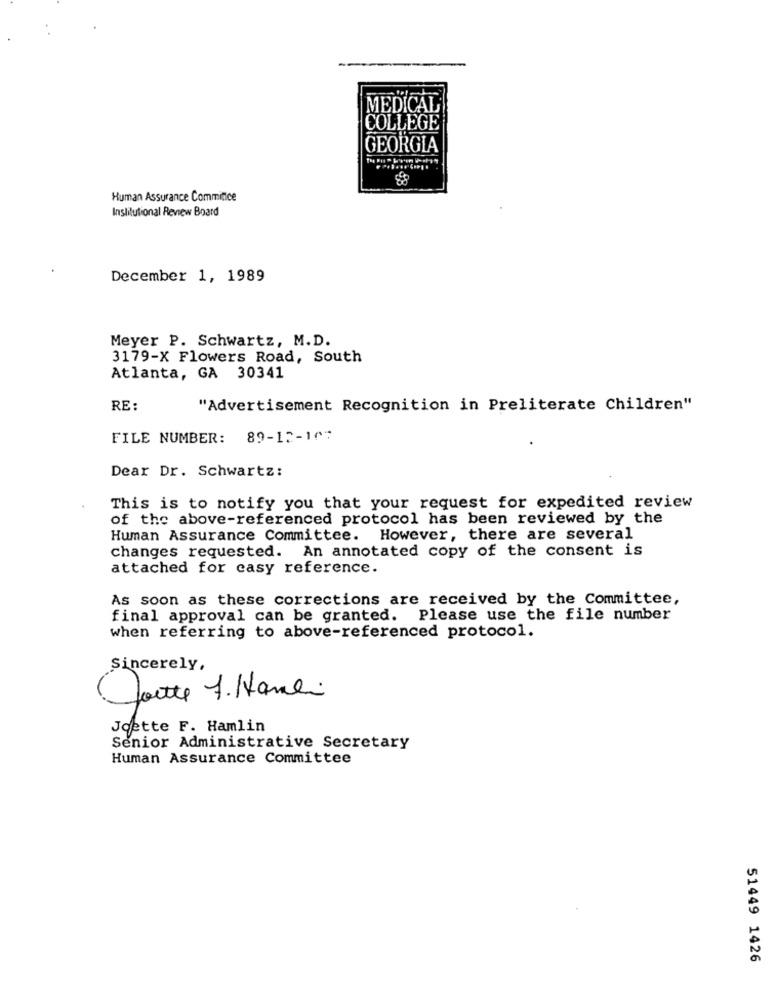
MEDICAL
COLLEGE
GEORGIA
Human Assurance Commitice
Institutional Review Board
December 1, 1989
Meyer P. Schwartz, M.D.
3179-X Flowers Road, South
Atlanta, GA 30341
RE:
"Advertisement Recognition in Preliterate Children"
FILE NUMBER: 89-12-107
Dear Dr. Schwartz:
This is to notify you that your request for expedited review
of the above-referenced protocol has been reviewed by the
Human Assurance Committee. However, there are several
changes requested. An annotated copy of the consent is
attached for casy reference.
As soon as these corrections are received by the Committee,
final approval can be granted. Please use the file number
when referring to above-referenced protocol.
Sincerely,
Goutte 7. Hanli
Joette F. Hamlin
Senior Administrative Secretary
Human Assurance Committee
51449 1426